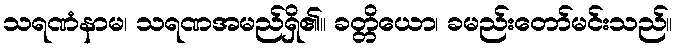
သရဏံနာမ၊ သရဏအမည်ရှိ၏။ ခတ္တိယော၊ ခမည်းတော်မင်းသည်။